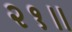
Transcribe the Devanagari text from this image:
२१॥